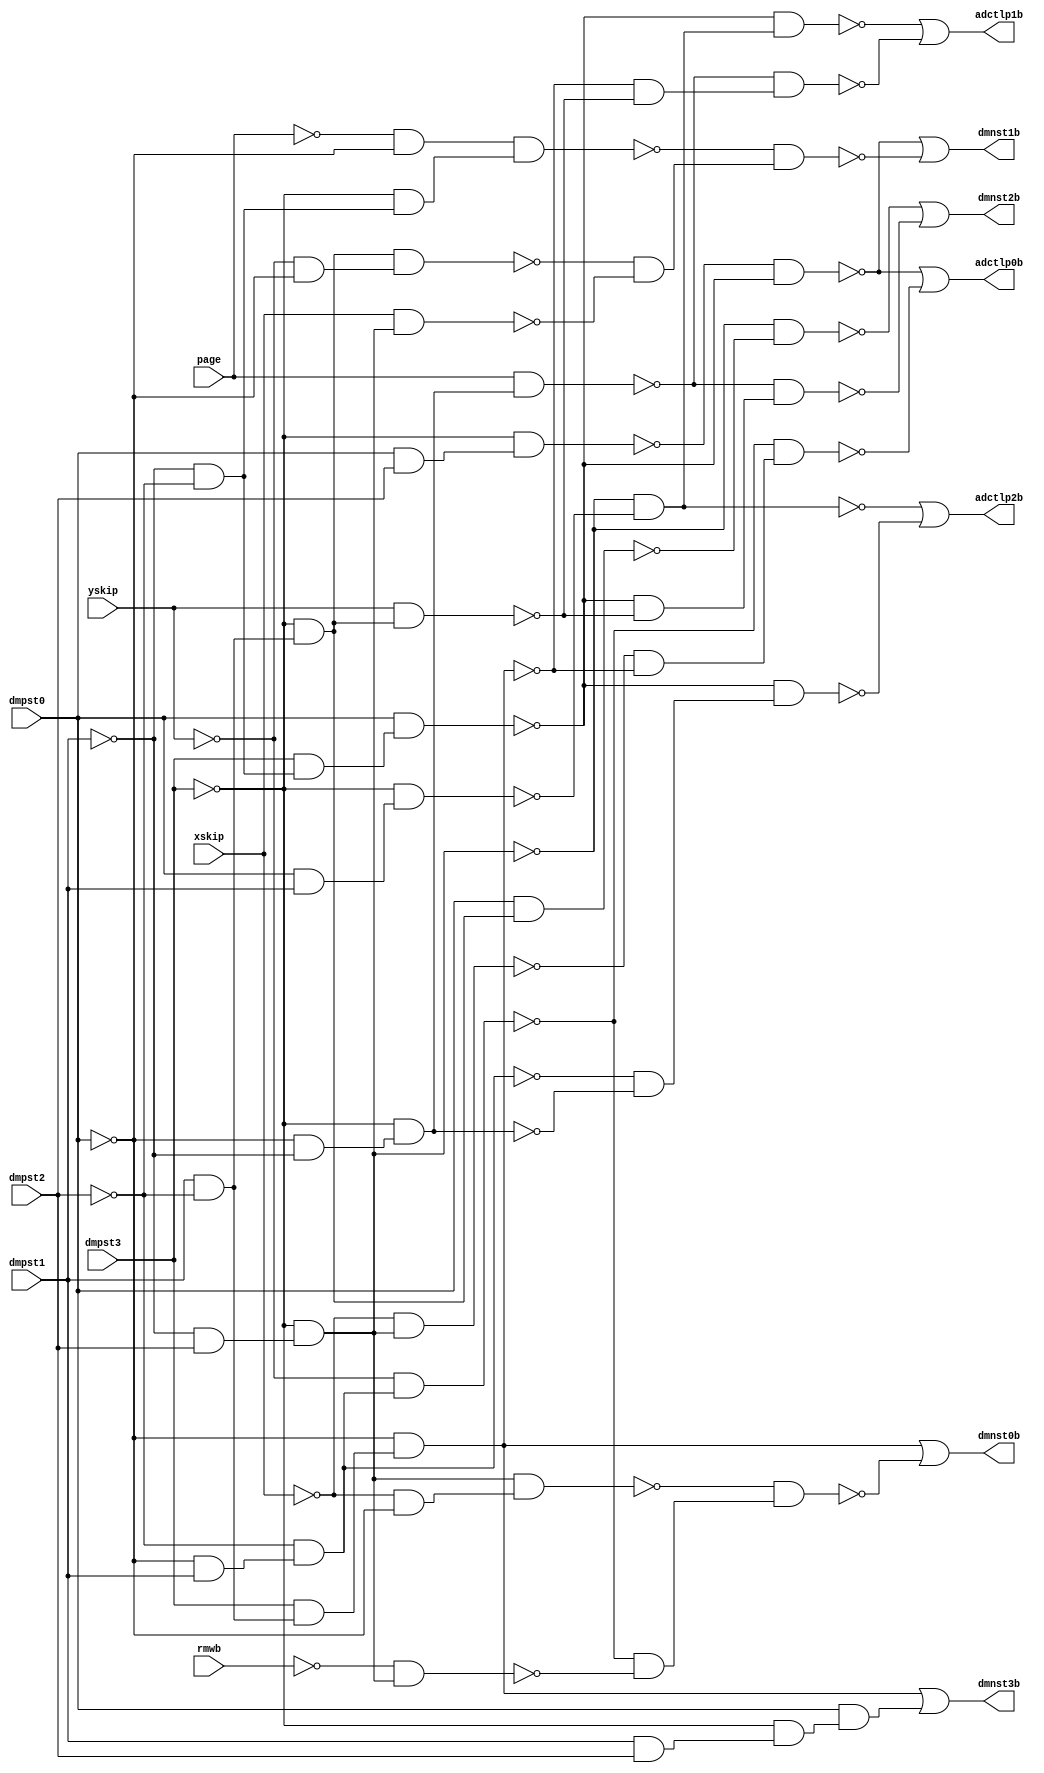
module top ( 
    rmwb, yskip, page, xskip, dmpst0, dmpst1, dmpst2, dmpst3,
    adctlp0b, adctlp1b, adctlp2b, dmnst0b, dmnst1b, dmnst2b, dmnst3b  );
  input  rmwb, yskip, page, xskip, dmpst0, dmpst1, dmpst2, dmpst3;
  output adctlp0b, adctlp1b, adctlp2b, dmnst0b, dmnst1b, dmnst2b, dmnst3b;
  wire new_n16_, new_n17_, new_n18_, new_n19_, new_n20_, new_n21_, new_n22_,
    new_n23_, new_n24_, new_n25_, new_n26_, new_n27_, new_n28_, new_n29_,
    new_n30_, new_n31_, new_n32_, new_n34_, new_n35_, new_n36_, new_n37_,
    new_n38_, new_n39_, new_n40_, new_n41_, new_n42_, new_n43_, new_n44_,
    new_n46_, new_n47_, new_n49_, new_n50_, new_n51_, new_n52_, new_n53_,
    new_n55_, new_n56_, new_n57_, new_n58_, new_n59_, new_n60_, new_n61_,
    new_n62_, new_n64_, new_n65_, new_n66_, new_n67_, new_n69_, new_n70_,
    new_n71_;
  assign new_n16_ = dmpst0 & dmpst2;
  assign new_n17_ = ~dmpst3 & new_n16_;
  assign new_n18_ = ~dmpst1 & ~dmpst2;
  assign new_n19_ = dmpst3 & new_n18_;
  assign new_n20_ = dmpst0 & new_n19_;
  assign new_n21_ = ~new_n17_ & ~new_n20_;
  assign new_n22_ = ~dmpst1 & dmpst2;
  assign new_n23_ = ~dmpst3 & new_n22_;
  assign new_n24_ = ~xskip & new_n23_;
  assign new_n25_ = dmpst1 & ~dmpst2;
  assign new_n26_ = dmpst3 & new_n25_;
  assign new_n27_ = ~dmpst0 & new_n26_;
  assign new_n28_ = ~dmpst0 & dmpst1;
  assign new_n29_ = ~dmpst2 & new_n28_;
  assign new_n30_ = ~yskip & new_n29_;
  assign new_n31_ = ~new_n24_ & ~new_n27_;
  assign new_n32_ = ~new_n30_ & new_n31_;
  assign adctlp0b = ~new_n21_ | ~new_n32_;
  assign new_n34_ = dmpst0 & dmpst1;
  assign new_n35_ = ~dmpst3 & new_n34_;
  assign new_n36_ = ~new_n23_ & ~new_n35_;
  assign new_n37_ = ~new_n20_ & new_n36_;
  assign new_n38_ = ~dmpst3 & new_n25_;
  assign new_n39_ = yskip & new_n38_;
  assign new_n40_ = ~dmpst0 & ~dmpst1;
  assign new_n41_ = ~dmpst3 & new_n40_;
  assign new_n42_ = page & new_n41_;
  assign new_n43_ = ~new_n27_ & ~new_n39_;
  assign new_n44_ = ~new_n42_ & new_n43_;
  assign adctlp1b = ~new_n37_ | ~new_n44_;
  assign new_n46_ = ~new_n29_ & ~new_n41_;
  assign new_n47_ = ~new_n20_ & new_n46_;
  assign adctlp2b = ~new_n36_ | ~new_n47_;
  assign new_n49_ = ~rmwb & new_n23_;
  assign new_n50_ = ~xskip & ~dmpst0;
  assign new_n51_ = new_n23_ & new_n50_;
  assign new_n52_ = ~new_n30_ & ~new_n49_;
  assign new_n53_ = ~new_n51_ & new_n52_;
  assign dmnst0b = new_n27_ | ~new_n53_;
  assign new_n55_ = ~yskip & ~dmpst0;
  assign new_n56_ = new_n38_ & new_n55_;
  assign new_n57_ = xskip & new_n23_;
  assign new_n58_ = ~page & ~dmpst0;
  assign new_n59_ = ~dmpst3 & new_n18_;
  assign new_n60_ = new_n58_ & new_n59_;
  assign new_n61_ = ~new_n56_ & ~new_n57_;
  assign new_n62_ = ~new_n60_ & new_n61_;
  assign dmnst1b = ~new_n21_ | ~new_n62_;
  assign new_n64_ = dmpst0 & new_n38_;
  assign new_n65_ = ~new_n23_ & ~new_n64_;
  assign new_n66_ = ~new_n20_ & ~new_n39_;
  assign new_n67_ = ~new_n42_ & new_n66_;
  assign dmnst2b = ~new_n65_ | ~new_n67_;
  assign new_n69_ = dmpst1 & dmpst2;
  assign new_n70_ = ~dmpst3 & new_n69_;
  assign new_n71_ = dmpst0 & new_n70_;
  assign dmnst3b = new_n27_ | new_n71_;
endmodule